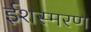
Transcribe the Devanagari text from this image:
ईशस्मरण